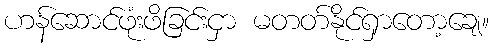
ဟန်ဆောင်ဖုံးဖိခြင်းငှာ မတတ်နိုင်ရှာတော့ချေ။